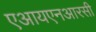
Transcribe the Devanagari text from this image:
एआयएनआरसी